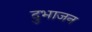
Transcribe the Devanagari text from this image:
दुभाजन